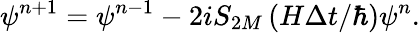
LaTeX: \psi^{n+1}=\psi^{n-1}-2iS_{2M}\left(H\Delta t/\hbar\right)\psi^{n}.